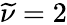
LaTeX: \widetilde\nu=2